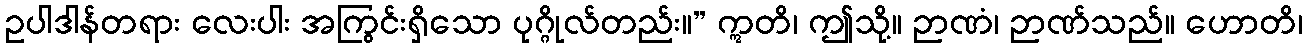
ဥပါဒါန်တရား လေးပါး အကြွင်းရှိသော ပုဂ္ဂိုလ်တည်း။” ဣတိ၊ ဤသို့။ ဉာဏံ၊ ဉာဏ်သည်။ ဟောတိ၊